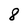
Character: 8